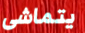
يتماشى